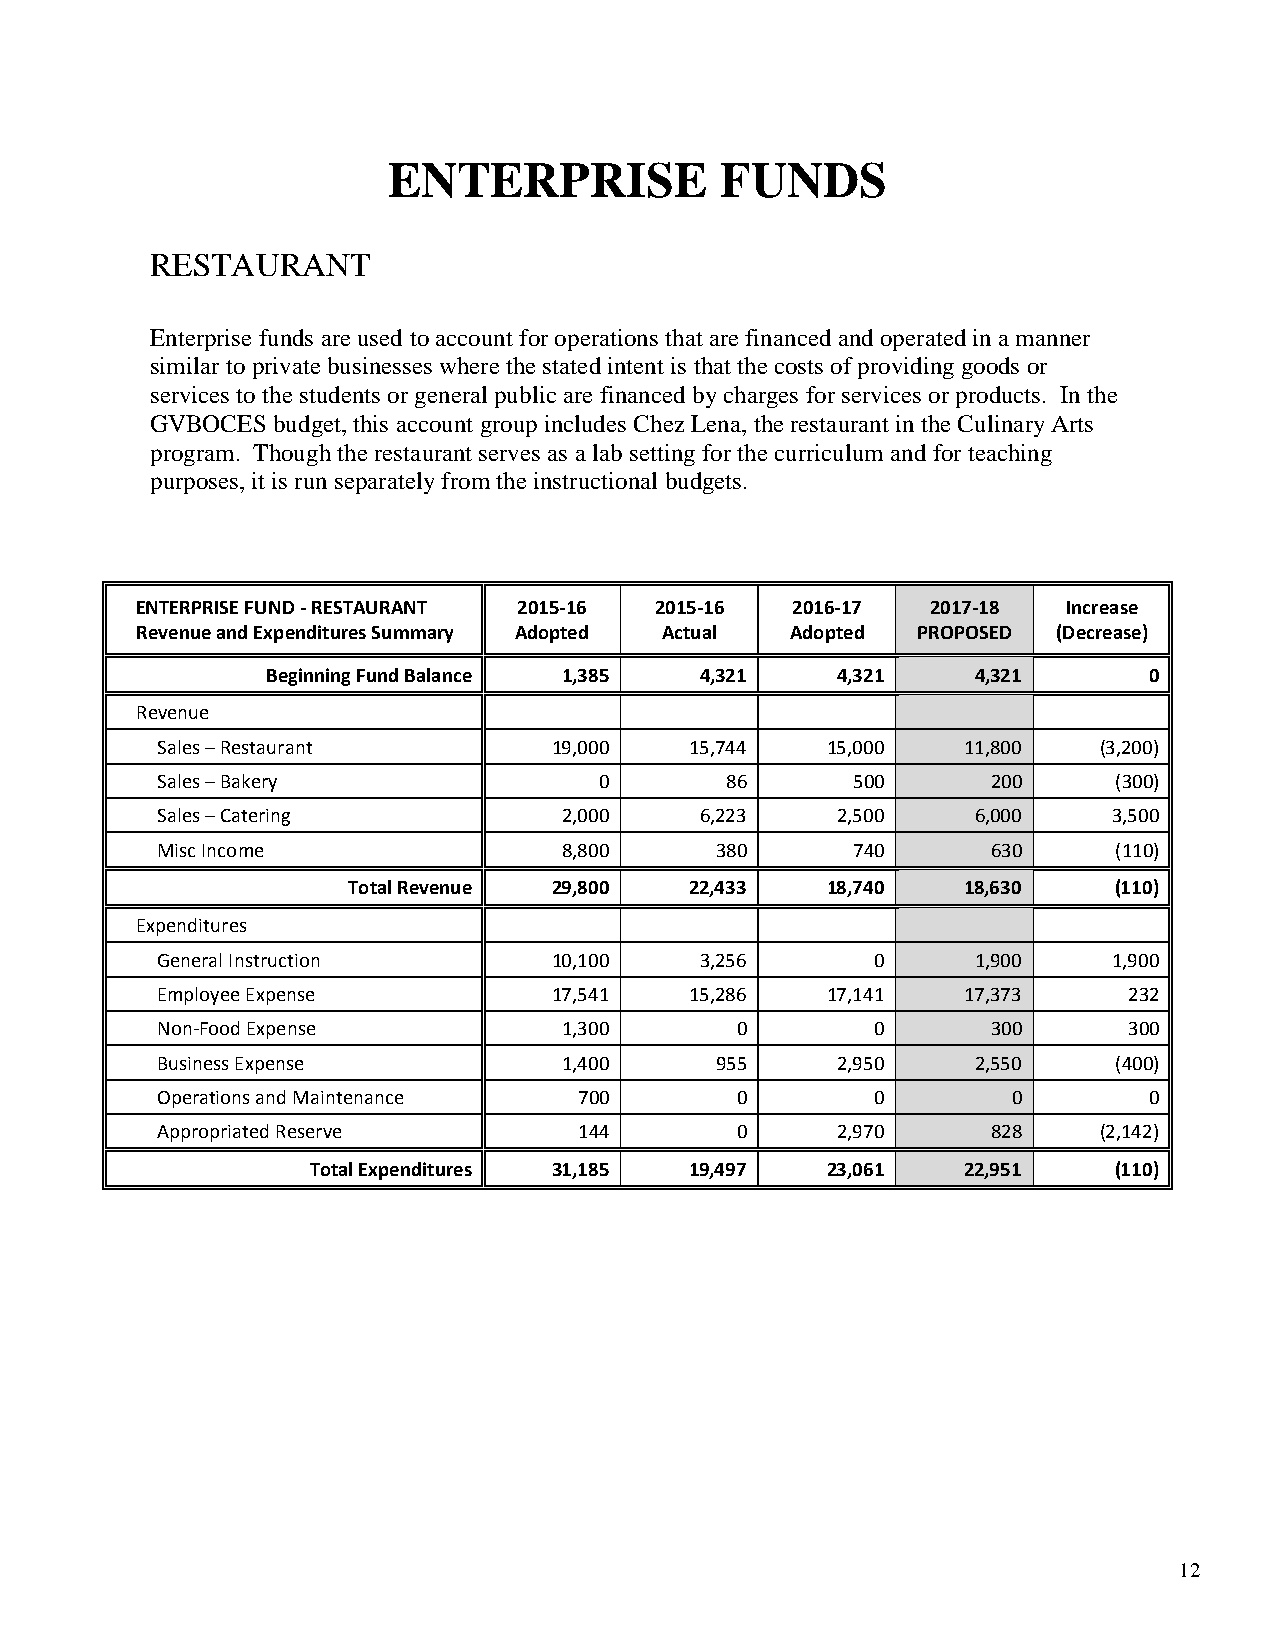
ENTERPRISE            FUNDS
 RESTAURANT
 Enterprise funds are used to account for operations that are financed and operated in a manner
 similar to private businesses where the stated intent is that the costs of providing goods or
 services to the students or general public are financed by charges for services or products. In the
 GVBOCES budget, this account group includes Chez Lena, the restaurant in the Culinary Arts
 program. Though the restaurant serves as a lab setting for the curriculum and for teaching
 purposes, it is run separately from the instructional budgets.
 ENTERPRISE FUND - RESTAURANT 2015-16 2015-16 2016-17 2017-18  Increase
 Revenue and Expenditures Summary Adopted Actual Adopted PROPOSED (Decrease)
 Beginning Fund Balance 1,385 4,321   4,321     4,321      0
 Revenue
 Sales – Restaurant         19,000   15,744   15,000   11,800   (3,200)
 Sales – Bakery                0       86      500       200     (300)
 Sales – Catering           2,000    6,223    2,500     6,000    3,500
 Misc Income                8,800     380      740       630     (110)
 Total Revenue 29,800   22,433   18,740   18,630    (110)
 Expenditures
 General Instruction        10,100   3,256       0      1,900    1,900
 Employee Expense           17,541   15,286   17,141   17,373     232
 Non-Food Expense           1,300       0        0       300      300
 Business Expense           1,400     955     2,950     2,550    (400)
 Operations and Maintenance  700        0        0        0        0
 Appropriated Reserve        144        0     2,970      828    (2,142)
 Total Expenditures 31,185 19,497  23,061   22,951    (110)
 12